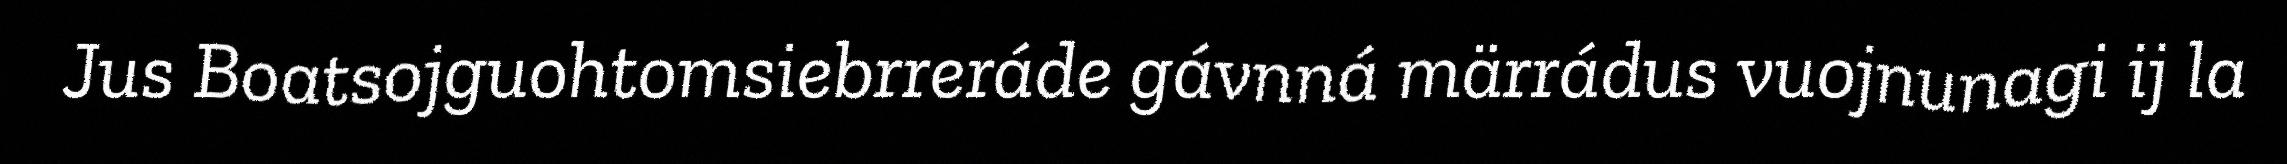
Jus Boatsojguohtomsiebrreráde gávnná märrádus vuojnunagi ij la